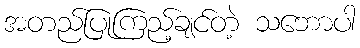
အတည်ပြုကြည့်ချင်တဲ့ သဘောပါ